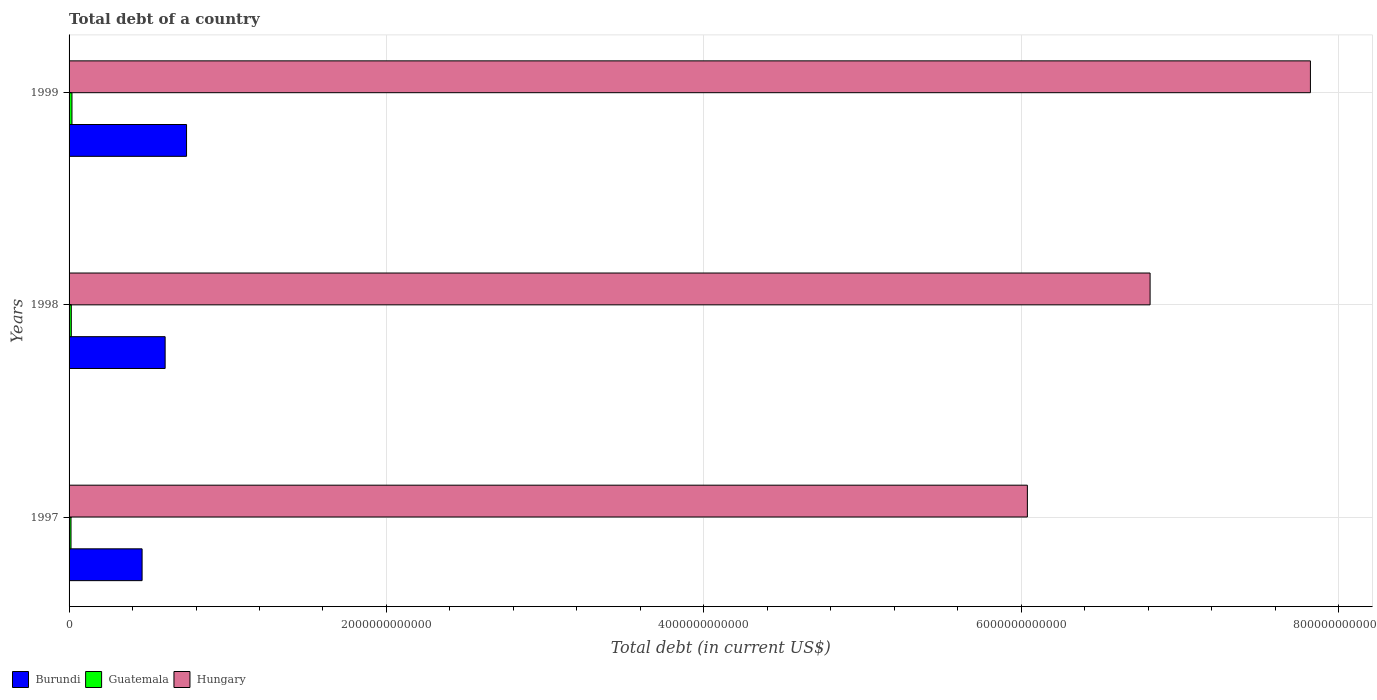
| Years | Burundi | Guatemala | Hungary |
 | --- | --- | --- | --- |
 | 1997 | 4.6e+11 | 1.22e+10 | 6.04e+12 |
 | 1998 | 6.05e+11 | 1.4e+10 | 6.81e+12 |
 | 1999 | 7.4e+11 | 1.82e+10 | 7.82e+12 |